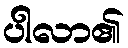
ပါလာ၏